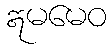
ဣမမေဝ